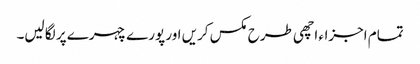
تمام اجزاء اچھی طرح مکس کریں اور پورے چہرے پر لگا لیں۔